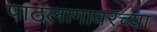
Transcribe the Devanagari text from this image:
पाठलागावरच्या